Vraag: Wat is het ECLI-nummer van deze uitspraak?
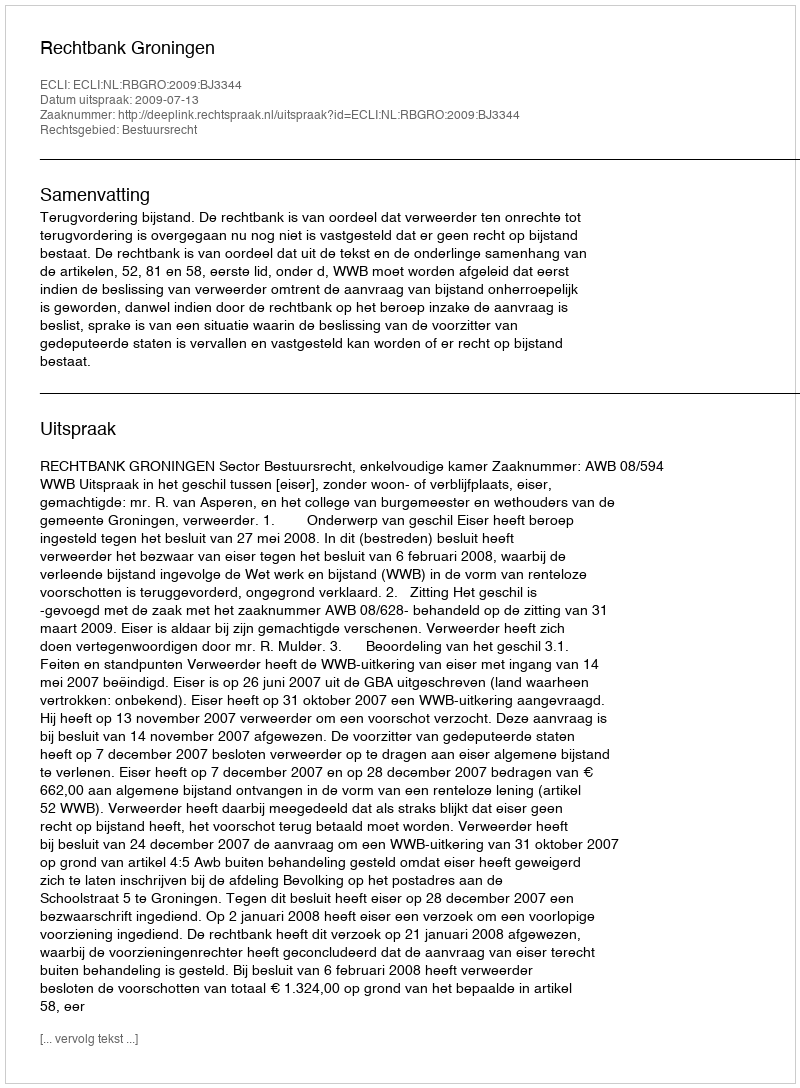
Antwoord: ECLI:NL:RBGRO:2009:BJ3344